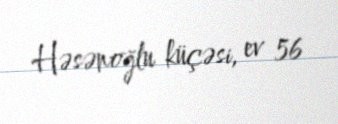
Həsənoğlu küçəsi, ev 56